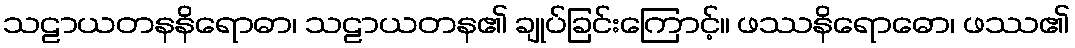
သဠာယတနနိရောဓာ၊ သဠာယတန၏ ချုပ်ခြင်းကြောင့်။ ဖဿနိရောဓော၊ ဖဿ၏